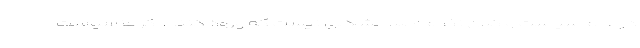
در عالم سیاست و کلان نظام اصلا مشکلی نیست که ورود کنند. اگر ما سیاست